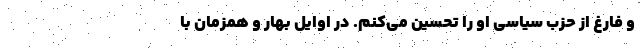
و فارغ از حزب سیاسی او را تحسین می‌کنم. در اوایل بهار و همزمان با